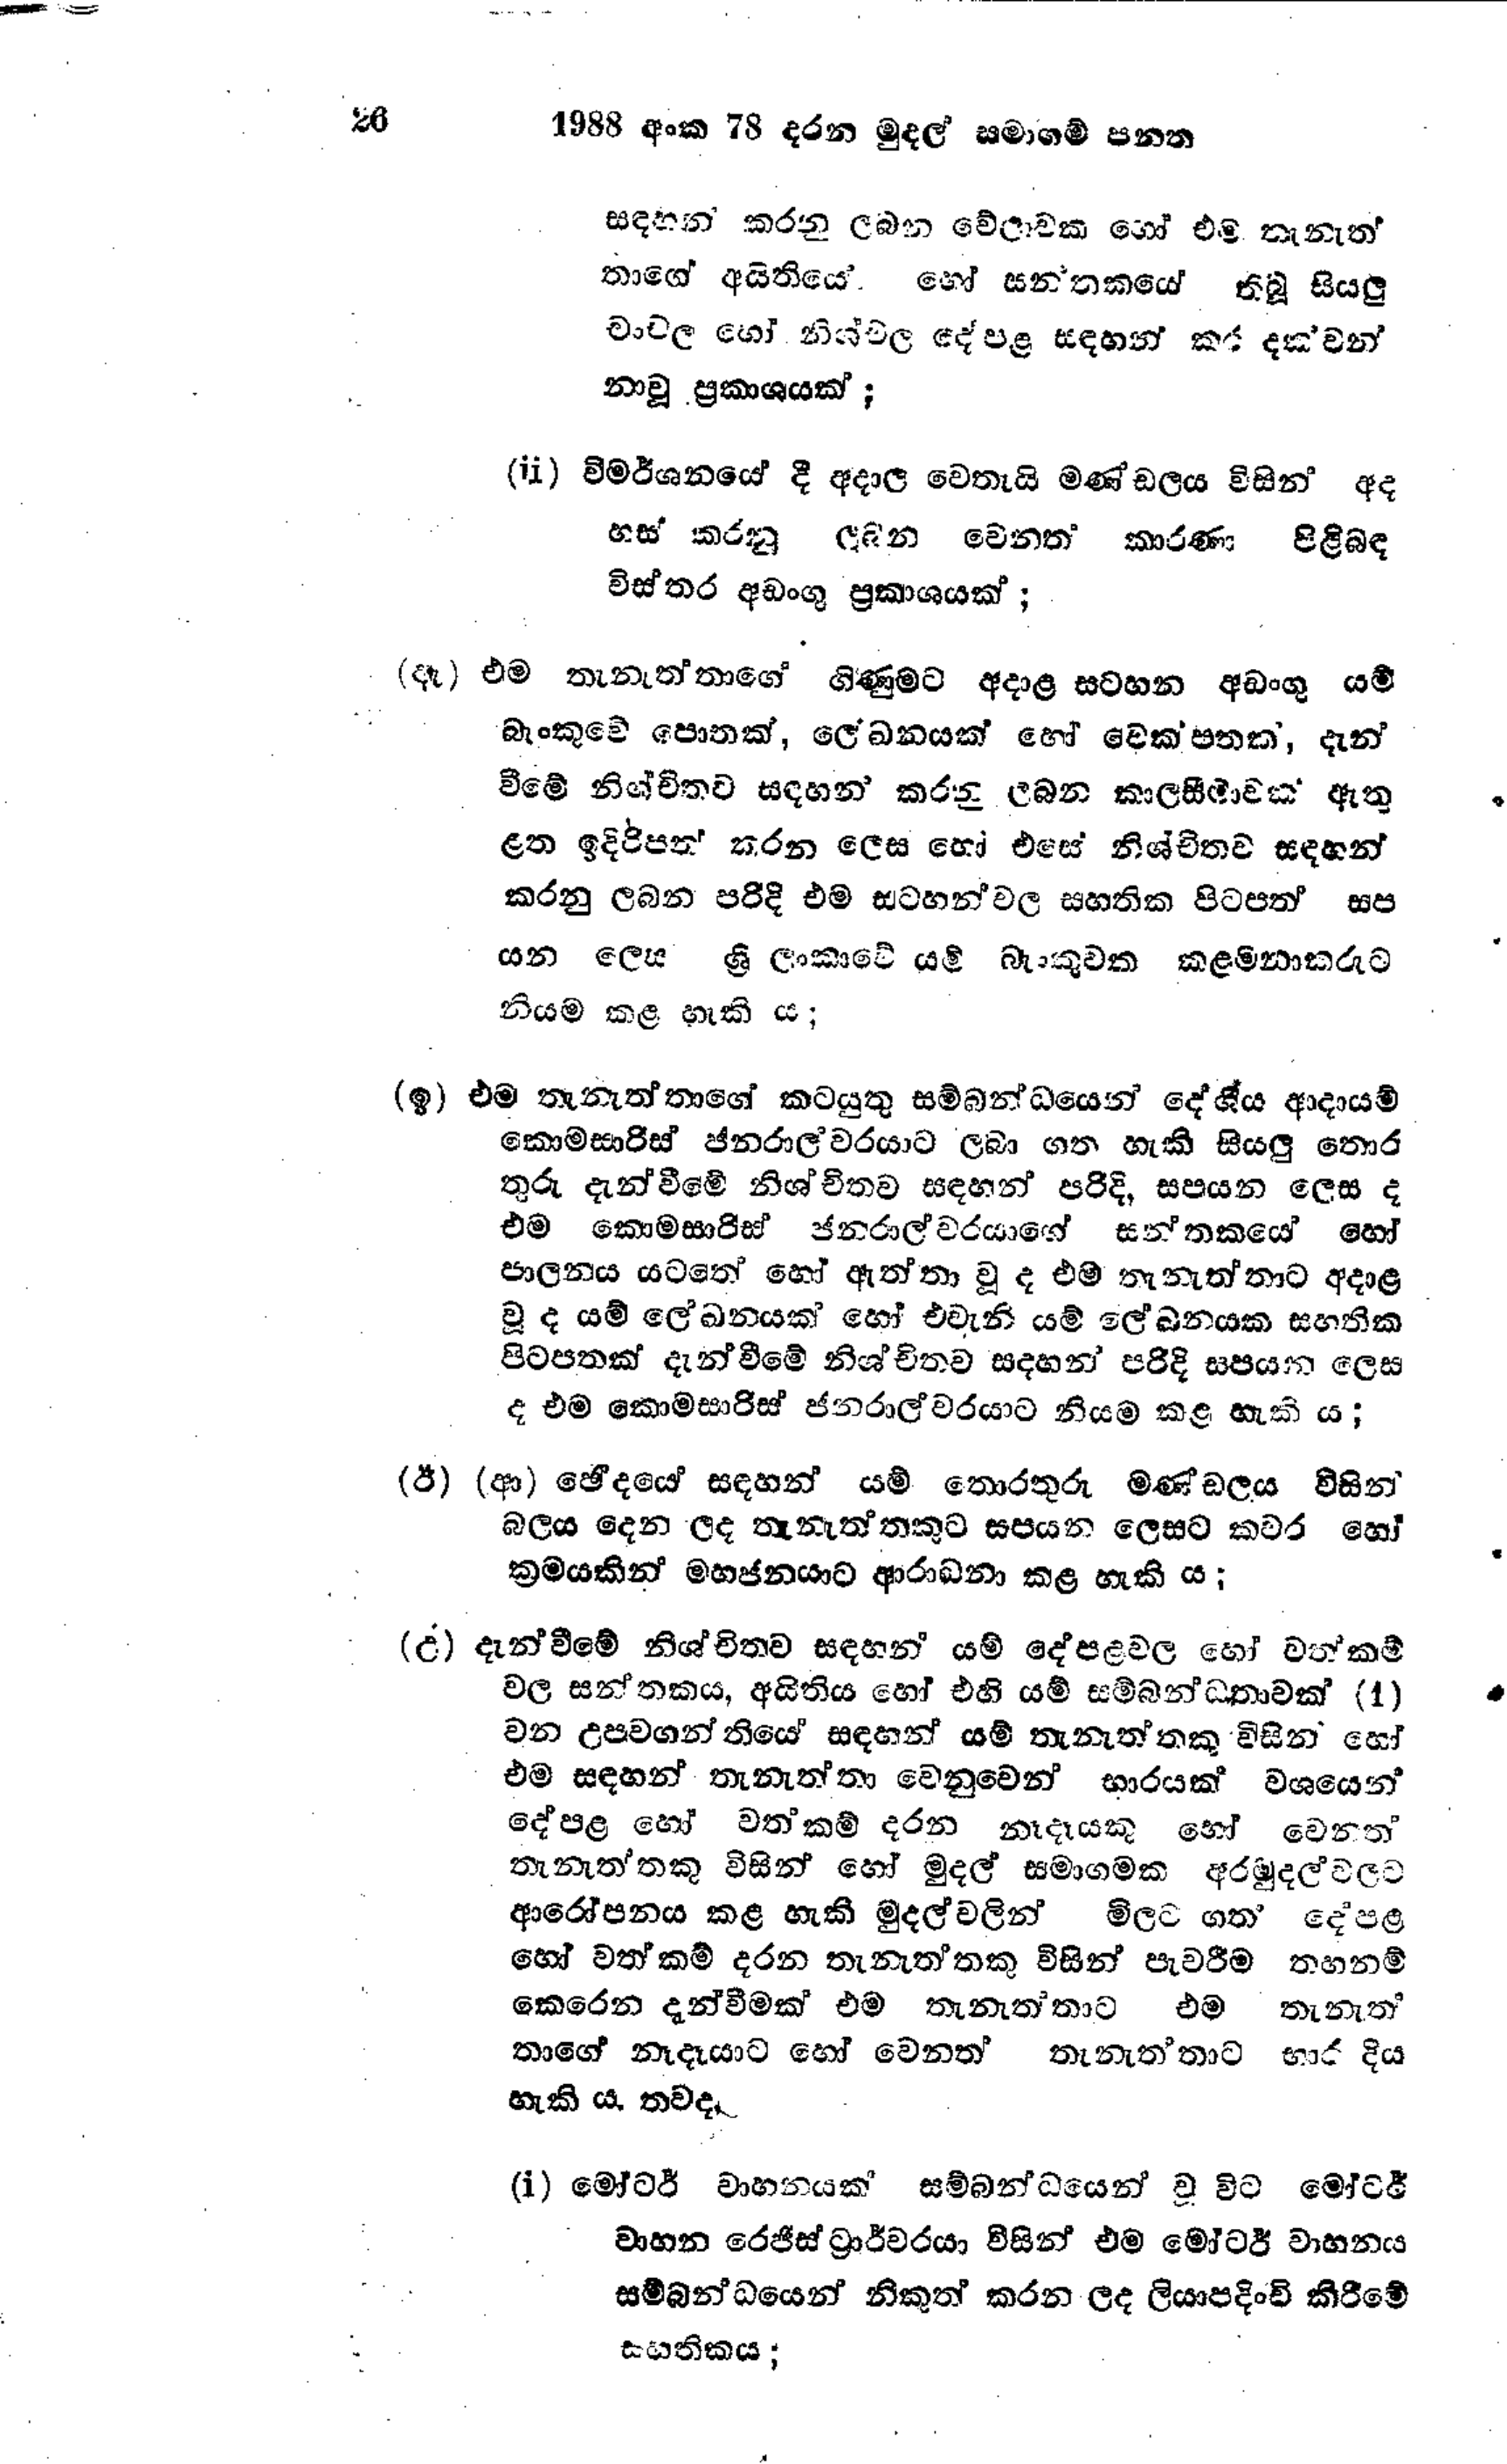
26 1988 අංක 78 දරන මුදල් සමාගම් පනත

සඳහන් කරනු ලබන වේලාවක හෝ එම තැනැත්
තාගේ අයිතියේ හෝ සන්තකයේ තිබූ සියලු
චංචල හෝ නිශ්චල දේපළ සඳහන් කර දක්වන්
නා වූ ප්‍රකාශයක්;

(ii) විමර්ශනයේ දී අදාල වෙතැයි මණ්ඩලය විසින් අද
හස් කරනු ලබන වෙනත් කාරණා පිළිබඳ
විස්තර අඩංගු ප්‍රකාශයක්;

(ඈ) එම තැනැත්තාගේ ගිණුමට අදාළ සටහන අඩංගු යම්
බැංකුවේ පොතක්, ලේඛනයක් හෝ වෙක්පතක්, දැන්
වීමේ නිශ්චිතව සඳහන් කරනු ලබන කාලසීමාවක් ඇතු
ළත ඉදිරිපත් කරන ලෙස හෝ එසේ නිශ්චිතව සඳහන්
කරනු ලබන පරිදි එම සටහන් වල සහතික පිටපත් සප
යන ලෙස ශ්‍රී ලංකාවේ යම් බැංකුවක කළමනාකරුට
නියම කළ හැකි ය;

(ඉ) එම තැනැත්තාගේ කටයුතු සම්බන්ධයෙන් දේශීය ආදායම්
කොමසාරිස් ජනරාල්වරයාට ලබා ගත හැකි සියලු තොර
තුරු දැන්වීමේ නිශ්චිතව සඳහන් පරිදි, සපයන ලෙස ද
එම කොමසාරිස් ජනරාල්වරයාගේ සන්තක‍යේ හෝ
පාලනය යටතේ හෝ ඇත්තා වූද එම තැනැත්තාට අදාළ
වූ ද යම් ලේඛනයක් හෝ එවැනි යම් ලේඛනයක සහතික
පිටපතක් දැන්වීමේ නිශ්චිතව සදහන් පරිදි සපයන ලෙස
ද එම කොමසාරිස් ජනරාල්වරයාට නියම කළ හැකි ය ;

(ඊ) (ආ) ඡේදයේ සඳහන් යම් තොරතුරු මණ්ඩලය විසින්
බලය දෙන ලද තැනැත්තකුට සපයන ලෙසට කවර හෝ
ක්‍රමයකින් මහජනයාට ආරාධනා කළ හැකි ය;

(උ) දැන්වීමේ නිශ්චිතව සඳහන් යම් දේපළවල හෝ වත්කම්
වල සන්තකය, අයිතිය හෝ එහි යම් සම්බන්ධතාවක් (1)
වන උපවගන්තියේ සඳහන් යම් තැනැත්තකු විසින් හෝ
එම සඳහන් තැනැත්තා වෙනුවෙන් භාරයක් වශයෙන්
දේපළ හෝ වත්කම් දරන නෑදෑයකු හෝ වෙනත්
තැනැත්තකු විසින් හෝ මුදල් සමාගමක අරමුදල් වලට
ආරෝපනය කළ හැකි මුදල් වලින් මිලට ගත දේපළ
හෝ වත්කම් දරන තැනැත්තකු විසින් පැවරීම තහනම්
කෙරෙන දැන්වීමක් එම තැනැත්තාට එම තැනැ‍ත්
තාගේ නෑදෑයාට හෝ වෙනත් තැනැත්තාට භාර දිය
හැකි ය. තවද,

(i) මෝටර් වාහනයක් සම්බන්ධයෙන් වූ විට මෝටර්
වාහන රෙජිස්ට්‍රාර්වරයා විසින් එම මෝටර් වාහනය
සම්බන්ධයෙන් නිකුත් කරන ලද ලියාපදිංචි කිරීමේ
සහතිකය ;